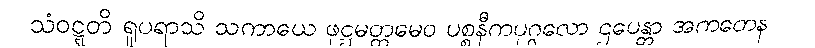
သံဝဋ္ဋတိ ရူပရာသိ သကာယေ ဖုဋ္ဌမတ္တမေဝ ပစ္စနီကပုဂ္ဂလော ဌပေန္တာ အကတေန